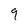
Character: 9